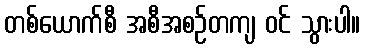
တစ်ယောက်စီ အစီအစဉ်တကျ ဝင် သွားပါ။